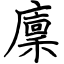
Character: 廩